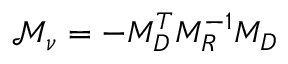
\mathcal { M } _ { \nu } = - M _ { D } ^ { T } M _ { R } ^ { - 1 } M _ { D }